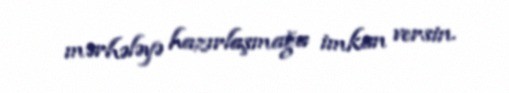
mərhələyə hazırlaşmağa imkan versin.